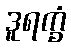
ဒူရက္ခံ